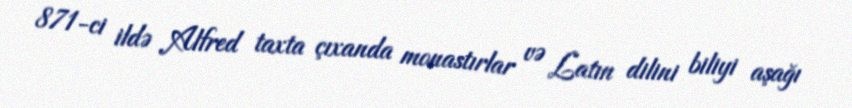
871-ci ildə Alfred taxta çıxanda monastırlar və Latın dilini biliyi aşağı